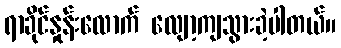
ရာခိုင်နှုန်းလောက် လျော့ကျသွားခဲ့ပါတယ်။